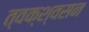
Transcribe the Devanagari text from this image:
त्वक्श्वसन